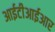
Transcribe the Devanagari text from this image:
आईटीआईआर